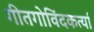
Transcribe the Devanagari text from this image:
गीतगोविंदकर्त्या